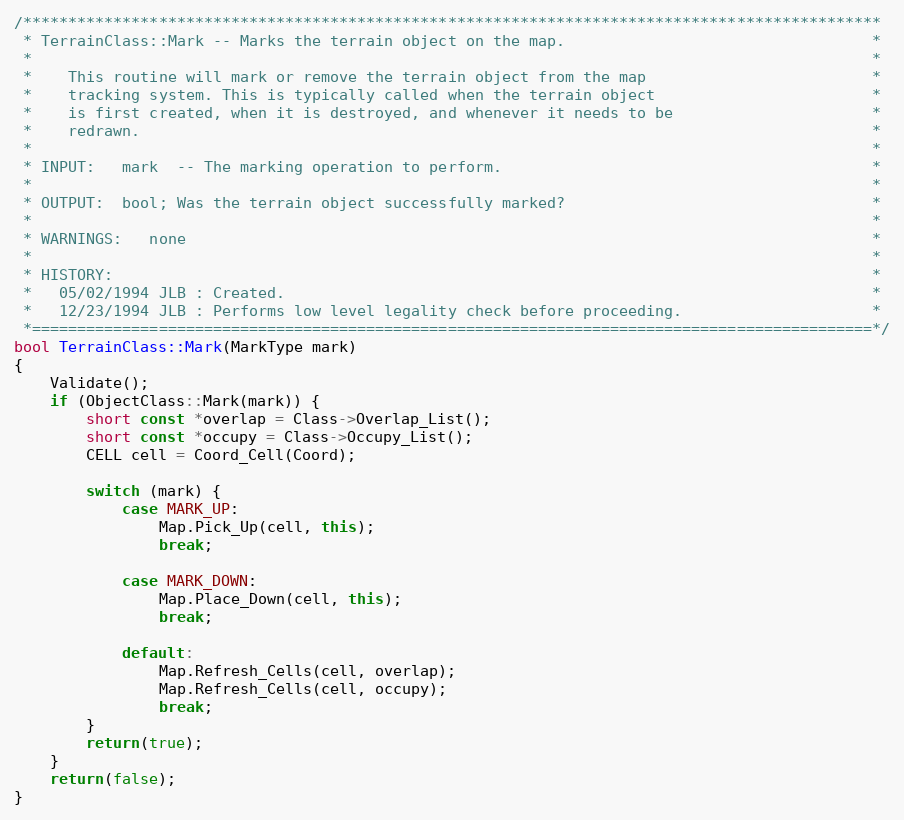
Language: C++
/***********************************************************************************************
 * TerrainClass::Mark -- Marks the terrain object on the map.                                  *
 *                                                                                             *
 *    This routine will mark or remove the terrain object from the map                         *
 *    tracking system. This is typically called when the terrain object                        *
 *    is first created, when it is destroyed, and whenever it needs to be                      *
 *    redrawn.                                                                                 *
 *                                                                                             *
 * INPUT:   mark  -- The marking operation to perform.                                         *
 *                                                                                             *
 * OUTPUT:  bool; Was the terrain object successfully marked?                                  *
 *                                                                                             *
 * WARNINGS:   none                                                                            *
 *                                                                                             *
 * HISTORY:                                                                                    *
 *   05/02/1994 JLB : Created.                                                                 *
 *   12/23/1994 JLB : Performs low level legality check before proceeding.                     *
 *=============================================================================================*/
bool TerrainClass::Mark(MarkType mark)
{
	Validate();
	if (ObjectClass::Mark(mark)) {
		short const *overlap = Class->Overlap_List();
		short const *occupy = Class->Occupy_List();
		CELL cell = Coord_Cell(Coord);

		switch (mark) {
			case MARK_UP:
				Map.Pick_Up(cell, this);
				break;

			case MARK_DOWN:
				Map.Place_Down(cell, this);
				break;

			default:
				Map.Refresh_Cells(cell, overlap);
				Map.Refresh_Cells(cell, occupy);
				break;
		}
		return(true);
	}
	return(false);
}